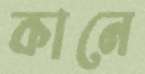
কানে